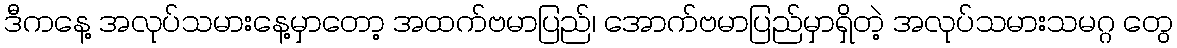
ဒီကနေ့ အလုပ်သမားနေ့မှာတော့ အထက်ဗမာပြည်၊ အောက်ဗမာပြည်မှာရှိတဲ့ အလုပ်သမားသမဂ္ဂ တွေ